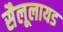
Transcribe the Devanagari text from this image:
सैलूलायड